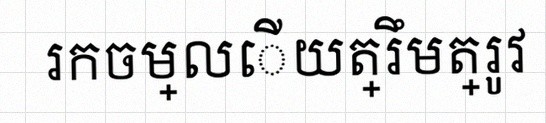
រកចម្លើយត្រឹមត្រូវ